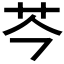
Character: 𫇧